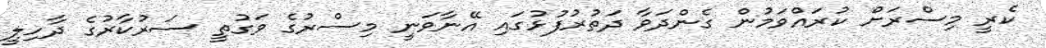
ކެރީ މިސްރަށް ކުރައްވަމުން ގެންދަވާ ދަތުރުފުޅުގައި އޭނާވަނީ މިސްރުގެ ވަގުތީ ސަރުކާރުގެ ދާހިލީ